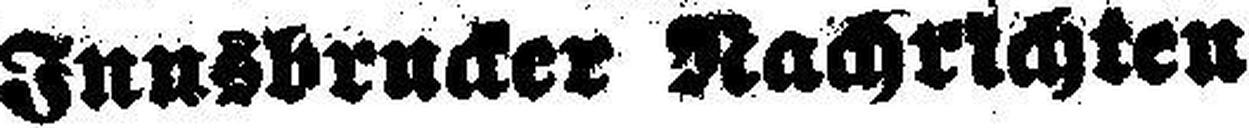
Innsbrucker Nachrichten